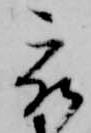
被